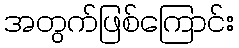
အတွက်ဖြစ်ကြောင်း